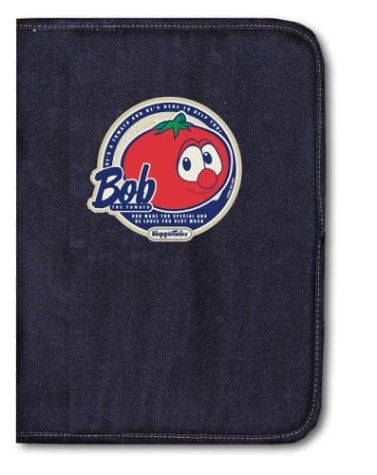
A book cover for Bob Bible Cover: Medium; Christian Books & Bibles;